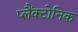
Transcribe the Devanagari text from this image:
प्लैंक्टोनिक